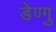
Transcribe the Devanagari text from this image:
डेण्गु